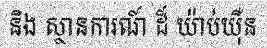
និង ស្ថានការណ៍ ដ៏ យ៉ាប់យ៉ឺន